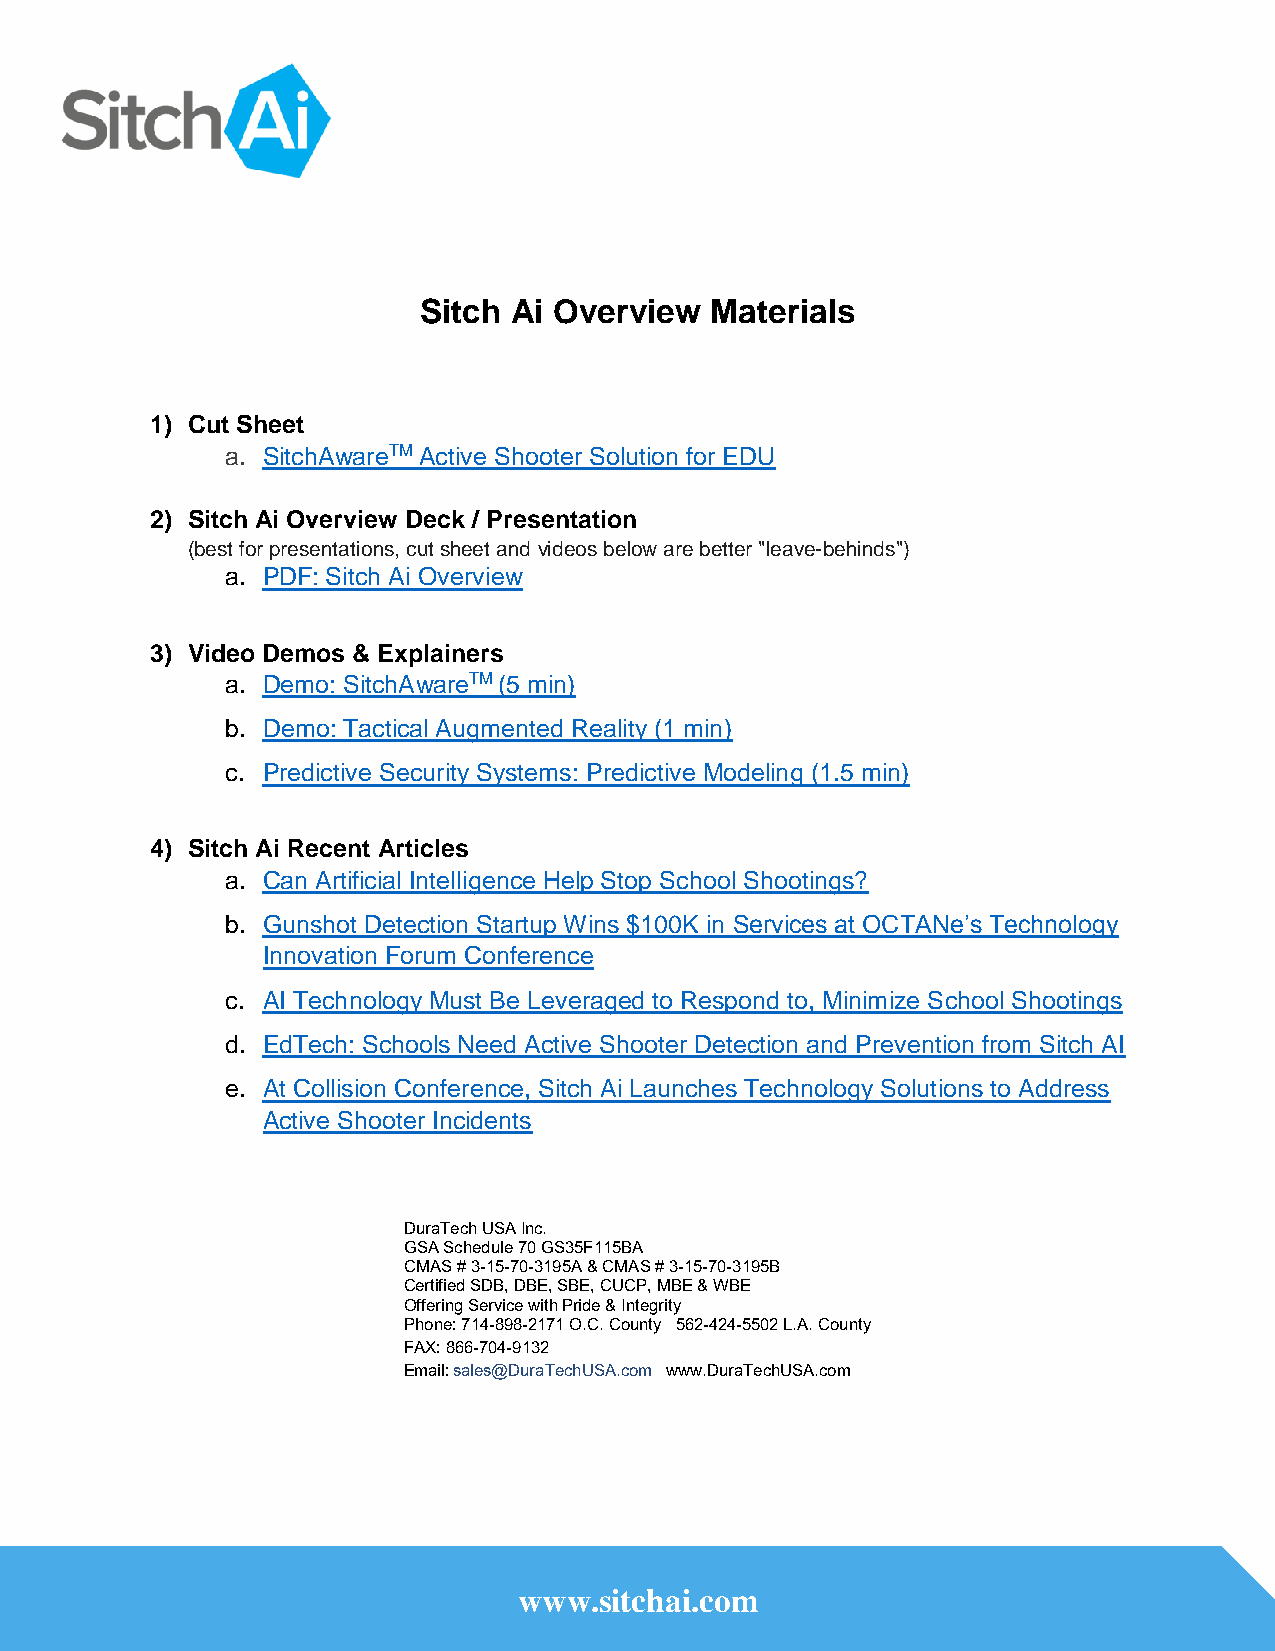
Sitch Ai Overview  Materials
 1) Cut Sheet
 a. SitchAwareTM Active Shooter Solution for EDU
 2) Sitch Ai Overview Deck / Presentation
 (best for presentations, cut sheet and videos below are better "leave-behinds")
 a. PDF: Sitch Ai Overview
 3) Video Demos & Explainers
 a. Demo: SitchAwareTM (5 min)
 b. Demo: Tactical Augmented Reality (1 min)
 c. Predictive Security Systems: Predictive Modeling (1.5 min)
 4) Sitch Ai Recent Articles
 a. Can Artificial Intelligence Help Stop School Shootings?
 b. Gunshot Detection Startup Wins $100K in Services at OCTANe’s Technology
 Innovation Forum Conference
 c. AI Technology Must Be Leveraged to Respond to, Minimize School Shootings
 d. EdTech: Schools Need Active Shooter Detection and Prevention from Sitch AI
 e. At Collision Conference, Sitch Ai Launches Technology Solutions to Address
 Active Shooter Incidents
 DuraTech USA Inc.
 GSA Schedule 70 GS35F115BA
 CMAS # 3-15-70-3195A & CMAS # 3-15-70-3195B
 Certified SDB, DBE, SBE, CUCP, MBE & WBE
 Offering Service with Pride & Integrity
 Phone: 714-898-2171 O.C. County 562-424-5502 L.A. County
 FAX: 866-704-9132
 Email: sales@DuraTechUSA.com www.DuraTechUSA.com
 www.sitchai.com